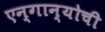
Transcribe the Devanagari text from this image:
एन्गान्योची